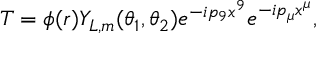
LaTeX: T = \phi ( r ) Y _ { L , m } ( \theta _ { 1 } , \theta _ { 2 } ) e ^ { - i p _ { 9 } x ^ { 9 } } e ^ { - i p _ { \mu } x ^ { \mu } } ,